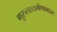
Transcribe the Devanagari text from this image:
गुरुत्वाकर्षणाबद्दल